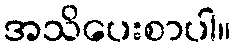
အသိပေးစာပါ။